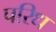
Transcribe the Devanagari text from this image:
परिध